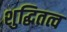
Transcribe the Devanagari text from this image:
शुद्धितत्व